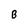
Character: B